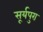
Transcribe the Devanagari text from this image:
सूर्यपुरा